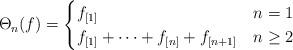
LaTeX: \begin{align*}\Theta_n (f) = \begin{cases} f_{[1]} & n =1 \\f_{[1]} + \cdots + f_{[n]} + f_{[n+1]} & n \geq 2 \end{cases}\end{align*}